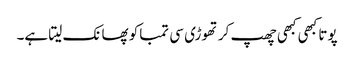
پوتا کبھی کبھی چھپ کر تھوڑی سی تمباکو پھانک لیتا ہے۔